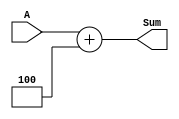
//takes in an input and increments it by 4
//use for incrementing PC
module Incrementer (A, Sum);
	input [63:0] A;
	output reg [63:0] Sum;
	
	always @(A)
	begin
		Sum <= A + 4;
	end
endmodule